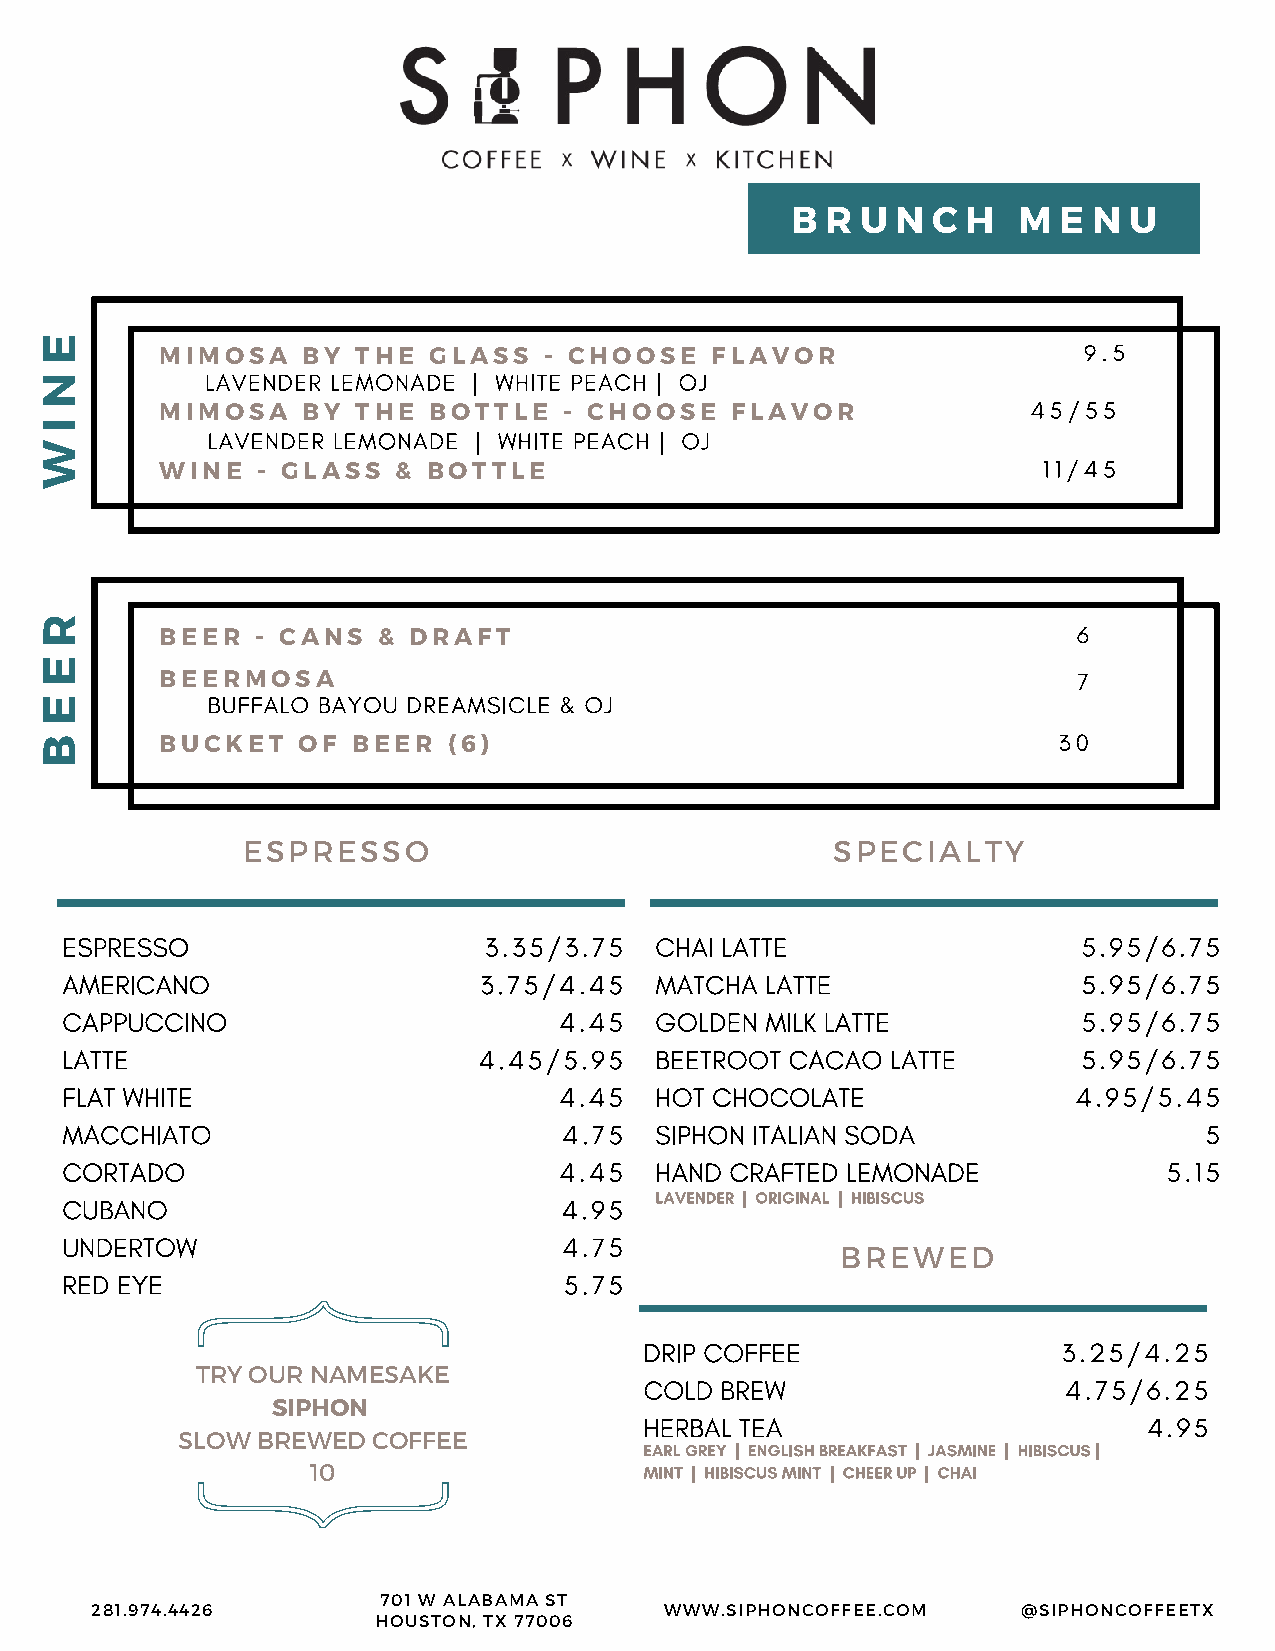
B  R U N  C H  M  E N  U
 MIMOSA   BY  THE GLASS   - CHOOSE   FLAVOR
 MIMOSA   BY  THE BOTTLE   - CHOOSE   FLAVOR
 WINE  - GLASS  & BOTTLE
 BEER  - CANS  & DRAFT
 BEERMOSA
 BUCKET   OF BEER   (6)
 ESPRESSO                               SPECIALTY
 BREWED
 TRY OUR NAMESAKE
 SIPHON
 SLOW BREWED  COFFEE
 10
 701 W ALABAMA ST
 281.974.4426                          WWW.SIPHONCOFFEE.COM    @SIPHONCOFFEETX
 HOUSTON, TX 77006
 E
 N
 I
 W
 R
 E
 E
 B